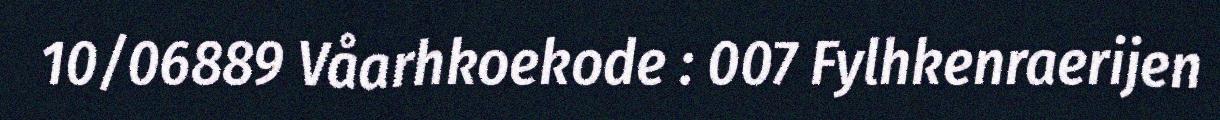
10/06889 Våarhkoekode : 007 Fylhkenraerijen